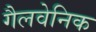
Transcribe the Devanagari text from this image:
गैलवेनिक